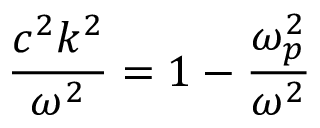
{ \frac { c ^ { 2 } k ^ { 2 } } { \omega ^ { 2 } } } = 1 - { \frac { \omega _ { p } ^ { 2 } } { \omega ^ { 2 } } }